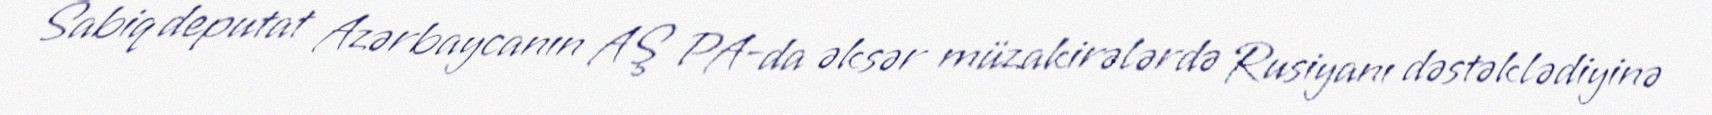
Sabiq deputat Azərbaycanın AŞ PA-da əksər müzakirələrdə Rusiyanı dəstəklədiyinə